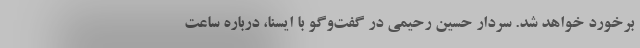
برخورد خواهد شد. سردار حسین رحیمی در گفت‌وگو با ایسنا، درباره ساعت